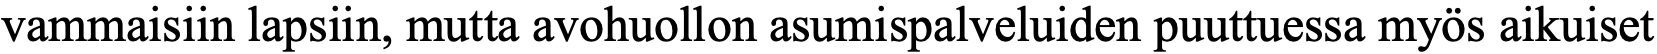
vammaisiin lapsiin, mutta avohuollon asumispalveluiden puuttuessa myös aikuiset